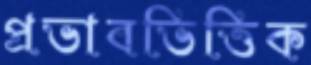
প্রভাবভিত্তিক